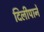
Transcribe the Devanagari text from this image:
दिलीपाने